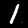
Label: 1